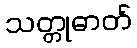
သတ္တုဓာတ်